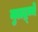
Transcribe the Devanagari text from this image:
मुलद्र्व्ये